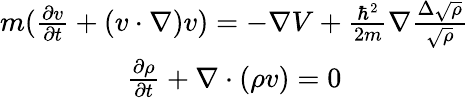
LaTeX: \begin{array}{c}{m(\frac{\partial v}{\partial t}+(v\cdot\nabla)v)=-\nabla V+\frac{\hbar^{2}}{2m}\nabla\frac{\Delta\sqrt{\rho}}{\sqrt{\rho}}}\\ {\frac{\partial\rho}{\partial t}+\nabla\cdot(\rho v)=0}\end{array}